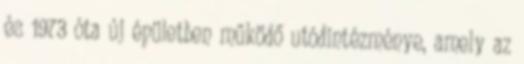
és 1973 óta új épületben működő utódintézménye, amely az